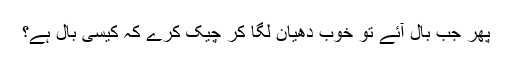
پھر جب بال آئے تو خوب دھیان لگا کر چیک کرے کہ کیسی بال ہے؟